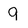
Character: 9